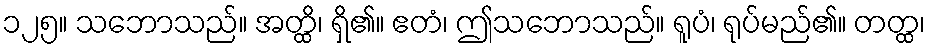
၁၂၅။ သဘောသည်။ အတ္ထိ၊ ရှိ၏။ ဧတံ၊ ဤသဘောသည်။ ရူပံ၊ ရုပ်မည်၏။ တတ္ထ၊